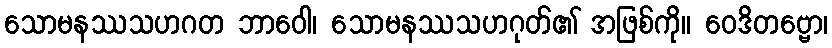
သောမနဿသဟဂတ ဘာဝေါ၊ သောမနဿသဟဂုတ်၏ အဖြစ်ကို။ ဝေဒိတဗ္ဗော၊